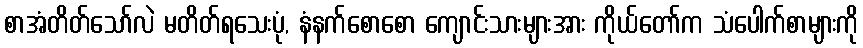
စာအံတိတ်သော်လဲ မတိတ်ရသေးပုံ, နံနက်စောစော ကျောင်းသားများအား ကိုယ်တော်က သံပေါက်စာများကို